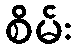
စိမ်း